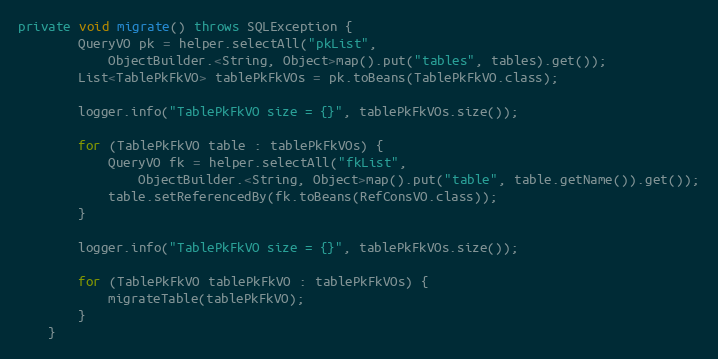
Language: Java
private void migrate() throws SQLException {
		QueryVO pk = helper.selectAll("pkList",
			ObjectBuilder.<String, Object>map().put("tables", tables).get());
		List<TablePkFkVO> tablePkFkVOs = pk.toBeans(TablePkFkVO.class);

		logger.info("TablePkFkVO size = {}", tablePkFkVOs.size());

		for (TablePkFkVO table : tablePkFkVOs) {
			QueryVO fk = helper.selectAll("fkList",
				ObjectBuilder.<String, Object>map().put("table", table.getName()).get());
			table.setReferencedBy(fk.toBeans(RefConsVO.class));
		}

		logger.info("TablePkFkVO size = {}", tablePkFkVOs.size());

		for (TablePkFkVO tablePkFkVO : tablePkFkVOs) {
			migrateTable(tablePkFkVO);
		}
	}